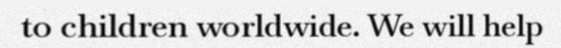
to children worldwide. We will help